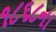
૧૮૬૮ના